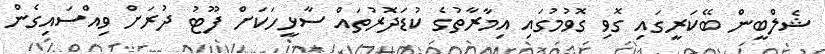
ޝެލްބީން ބޭކަރީގައި ގޮވި ގޮވުމުގައި އިމާރާތުގެ ކުޑަދޮރުތައް ސާޅީހަކަށް ފޫޓު ދުރަށް ވިއްސަައިގެން